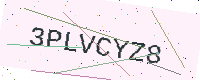
Text: 3PLVCYZ8